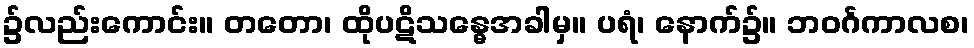
၌လည်းကောင်း။ တတော၊ ထိုပဋိသန္ဓေအခါမှ။ ပရံ၊ နောက်၌။ ဘဝင်္ဂကာလစ၊